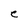
Character: e